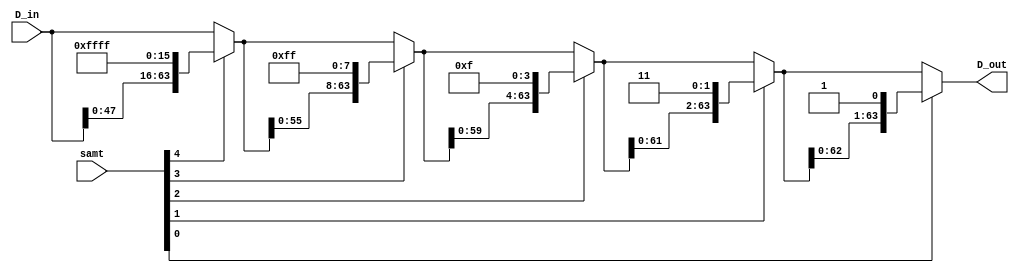
`timescale 1ns / 1ps
//////////////////////////////////////////////////////////////////////////////////
// Company: 
// Engineer: 
// 
// Design Name: 
// Module Name:    barrel_shift_left_1 
// Project Name: 
// Target Devices: 
// Tool versions: 
// Description: 
//
// Dependencies: 
//
// Revision: 
// Revision 0.01 - File Created
// Additional Comments: 
//
//////////////////////////////////////////////////////////////////////////////////
module barrel_shift_left_1(D_in, samt, D_out);

input [63:0] D_in;
input [4:0] samt;
wire [63:0] b_stage_3, b_stage_2, b_stage_1, b_stage_0;
output wire [63:0] D_out;

assign b_stage_3 = samt[4] ? {D_in[47:0], 16'hffff}           : D_in;
assign b_stage_2 = samt[3] ? {b_stage_3[55:0], 8'hff}         : b_stage_3;
assign b_stage_1 = samt[2] ? {b_stage_2[59:0], 4'hf}          : b_stage_2;
assign b_stage_0 = samt[1] ? {b_stage_1[61:0], 2'b11}         : b_stage_1;
assign D_out     = samt[0] ? {b_stage_0[62:0], 1'b1}          : b_stage_0; 

endmodule